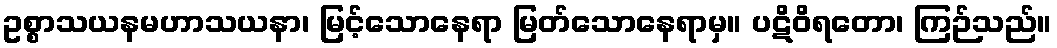
ဥစ္စာသယနမဟာသယနာ၊ မြင့်သောနေရာ မြတ်သောနေရာမှ။ ပဋိဝိရတော၊ ကြဉ်သည်။